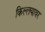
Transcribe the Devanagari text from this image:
किल्लयावर